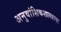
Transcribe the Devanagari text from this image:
अनुवांशिकशास्त्राचा